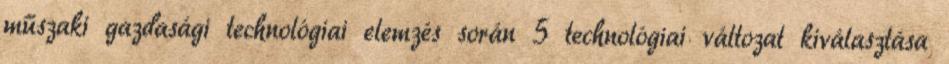
műszaki gazdasági technológiai elemzés során 5 technológiai változat kiválasztása